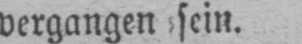
vergangen sein.